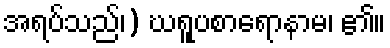
အရပ်သည်၊) ဃရူပစာရောနာမ၊ ၏။